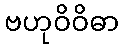
ဗဟုဝိဝိဓာ